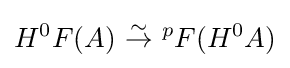
H^{0}F(A)\ {\stackrel {\sim }{\to }}\ {}^{p}F(H^{0}A)